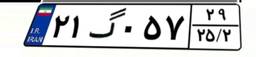
۲۱گ۰۵۷۲۹